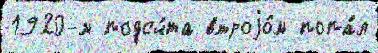
1920-м подсч́та втроjо́м попа́л